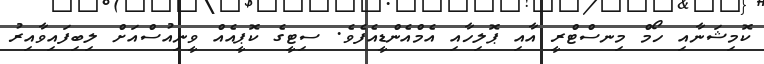
ކޮމިޝަނާއި ހޯމް މިނސްޓްރީ އާއި ޕޮލިހާއި އެމްއެންޑީއެފެވެ. ސިޓީގެ ކޮޕީއެއް ވީނިއުސްއަށް ލިބިފައިވާއިރު